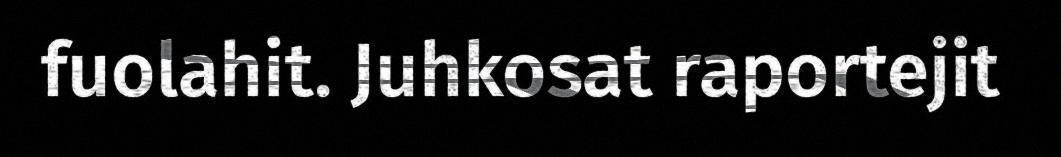
fuolahit. Juhkosat raportejit